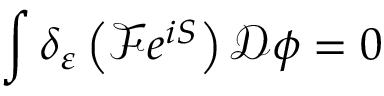
\int \delta _ { \varepsilon } \left( { \mathcal { F } } e ^ { i S } \right) { \mathcal { D } } \phi = 0